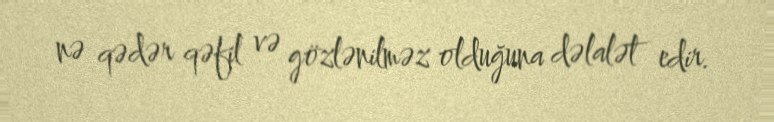
nə qədər qəfil və gözlənilməz olduğuna dəlalət edir.